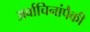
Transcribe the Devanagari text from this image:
अर्वाचिनांपैकी